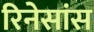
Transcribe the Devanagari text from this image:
रिनेसांस